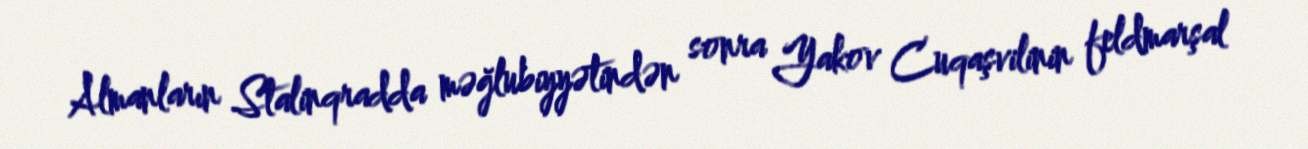
Almanların Stalinqradda məğlubiyyətindən sonra Yakov Cuqaşvilinin feldmarşal